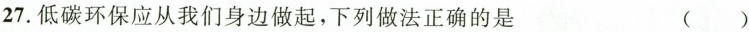
27.低碳环保应从我们身边做起，下列做法正确的是 ( )